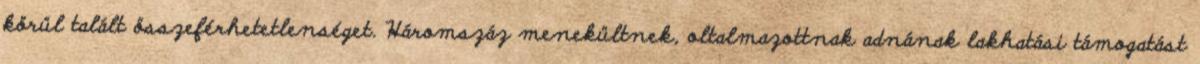
körül talált összeférhetetlenséget. Háromszáz menekültnek, oltalmazottnak adnának lakhatási támogatást